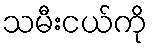
သမီးငယ်ကို